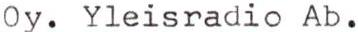
Oy. Yleisradio Ab.